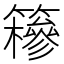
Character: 𥶠